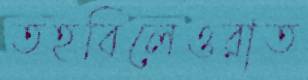
তহবিলেওরাত